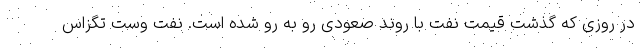
در روزی که گذشت قیمت نفت با روند صعودی رو به رو شده است. نفت وست تگزاس